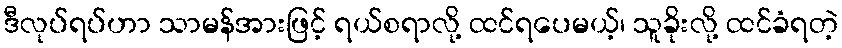
ဒီလုပ်ရပ်ဟာ သာမန်အားဖြင့် ရယ်စရာလို့ ထင်ရပေမယ့်၊ သူခိုးလို့ ထင်ခံရတဲ့